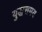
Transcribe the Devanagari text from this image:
युद्धसमय